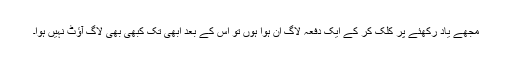
مجھے یاد رکھئے پر کلک کر کے ایک دفعہ لاگ ان ہوا ہوں تو اس کے بعد ابھی تک کبھی بھی لاگ آؤٹ نہیں ہوا۔